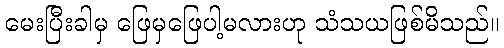
မေးပြီးခါမှ ဖြေမှဖြေပါ့မလားဟု သံသယဖြစ်မိသည်။